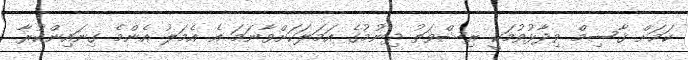
ކަމަށް ޤާސިމް ވިދާޅުވުމަކީ ރިޝްވަތު ދިނުމުގެ އަމަލަކަށްވާނަމަ އެ އެމަލު އެންމެ ގިނައިންކުރާ